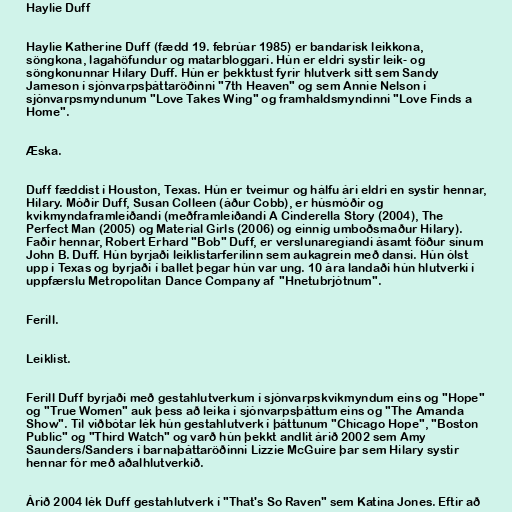
Haylie Duff

Haylie Katherine Duff (fædd 19. febrúar 1985) er bandarísk leikkona,
söngkona, lagahöfundur og matarbloggari. Hún er eldri systir leik- og
söngkonunnar Hilary Duff. Hún er þekktust fyrir hlutverk sitt sem Sandy
Jameson í sjónvarpsþáttaröðinni "7th Heaven" og sem Annie Nelson í
sjónvarpsmyndunum "Love Takes Wing" og framhaldsmyndinni "Love Finds a
Home".

Æska.

Duff fæddist í Houston, Texas. Hún er tveimur og hálfu ári eldri en systir hennar,
Hilary. Móðir Duff, Susan Colleen (áður Cobb), er húsmóðir og
kvikmyndaframleiðandi (meðframleiðandi A Cinderella Story (2004), The
Perfect Man (2005) og Material Girls (2006) og einnig umboðsmaður Hilary).
Faðir hennar, Robert Erhard "Bob" Duff, er verslunaregiandi ásamt föður sínum
John B. Duff. Hún byrjaði leiklistarferilinn sem aukagrein með dansi. Hún ólst
upp í Texas og byrjaði í ballet þegar hún var ung. 10 ára landaði hún hlutverki í
uppfærslu Metropolitan Dance Company af "Hnetubrjótnum".

Ferill.

Leiklist.

Ferill Duff byrjaði með gestahlutverkum í sjónvarpskvikmyndum eins og "Hope"
og "True Women" auk þess að leika í sjónvarpsþáttum eins og "The Amanda
Show". Til viðbótar lék hún gestahlutverk í þáttunum "Chicago Hope", "Boston
Public" og "Third Watch" og varð hún þekkt andlit árið 2002 sem Amy
Saunders/Sanders í barnaþáttaröðinni Lizzie McGuire þar sem Hilary systir
hennar fór með aðalhlutverkið.

Árið 2004 lék Duff gestahlutverk í "That's So Raven" sem Katina Jones. Eftir að